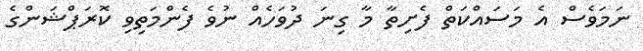
ނަމަވެސް އެ މަސައްކަތް ފެށިތާ މާ ގިނަ ދުވަހެއް ނުވެ ފެންމަތިވި ކޮރަޕްޝަންގެ